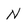
Character: N